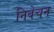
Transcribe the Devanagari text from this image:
निवेचन